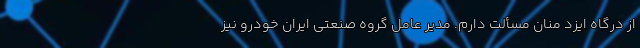
از درگاه ايزد منان مسألت دارم. مدیر عامل گروه صنعتی ایران خودرو نیز